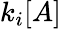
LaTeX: k_{i}[A]